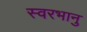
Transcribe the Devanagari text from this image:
स्वरभानु